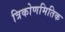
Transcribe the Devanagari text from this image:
त्रिकोणमितिक